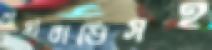
বাসাবাড়িসহ